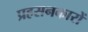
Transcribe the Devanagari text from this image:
प्रहसनकारों